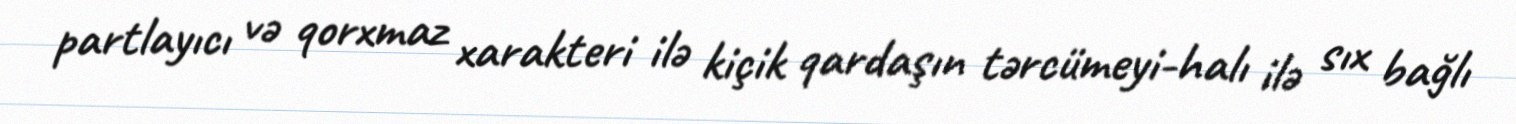
partlayıcı və qorxmaz xarakteri ilə kiçik qardaşın tərcümeyi-halı ilə sıx bağlı